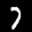
Label: 7